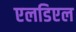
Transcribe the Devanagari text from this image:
एलडिएल